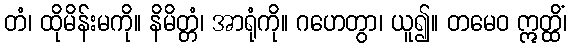
တံ၊ ထိုမိန်းမကို။ နိမိတ္တံ၊ အာရုံကို။ ဂဟေတွာ၊ ယူ၍။ တမေဝ ဣတ္ထိံ၊